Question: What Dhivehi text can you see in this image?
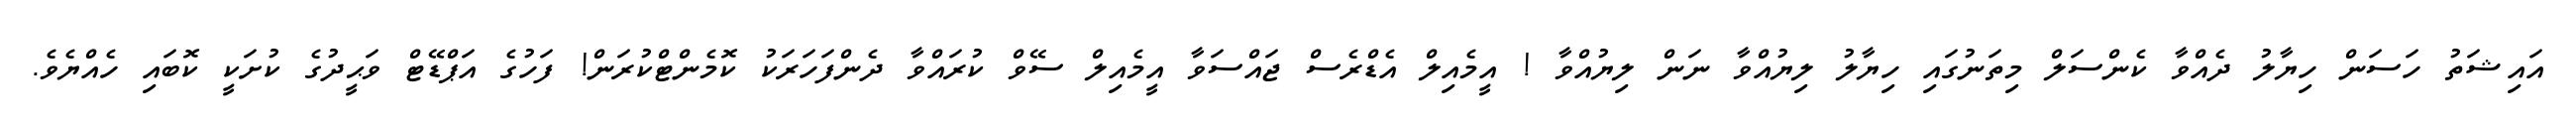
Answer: އައިޝަތު ހަސަން ހިޔާލު ދެއްވާ ކެންސަލް މިތަނުގައި ހިޔާލު ލިޔުއްވާ ނަން ލިޔުއްވާ ! އީމެއިލް އެޑްރެސް ޖައްސަވާ އީމެއިލް ސޭވް ކުރައްވާ ދެންފަހަރަކު ކޮމެންޓްކުރަން! ފަހުގެ އަޕްޑޭޓް ވަޙީދުގެ ކުށަކީ ކޮބައި ހެއްޔެވެ.